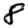
Digit: 8